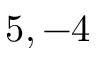
5 , - 4